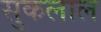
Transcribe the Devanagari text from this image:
सुकलाल